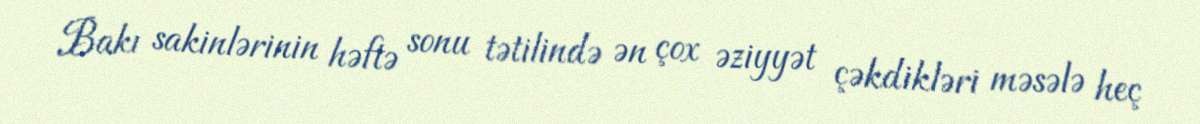
Bakı sakinlərinin həftə sonu tətilində ən çox əziyyət çəkdikləri məsələ heç